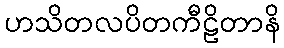
ဟသိတလပိတကီဠိတာနိ